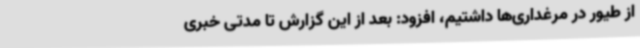
از طیور در مرغداری‌ها داشتیم، افزود: بعد از این گزارش تا مدتی خبری